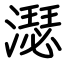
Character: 濏